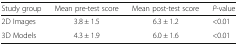
| Study group | Mean pre-test score | Mean post-test score | P-value |
 | --- | --- | --- | --- |
 | 2D Images | 3.8 ± 1.5 | 6.3 ± 1.2 | <0.01 |
 | 3D Models | 4.3 ± 1.9 | 6.0 ± 1.6 | <0.01 |